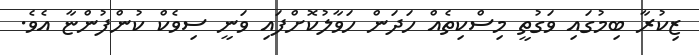
ޒިކުރާ ބިމުގައި ވަގުތީ މިސްކިތެއް ހަދަން ހަވާލުކޮށްފައި ވަނީ ސިވެކް ކުންފުންޏާ އެވެ.